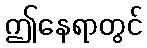
ဤနေရာတွင်